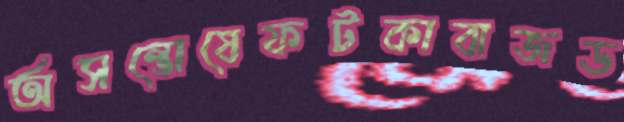
অসন্তোষেফটকাবাজড